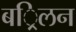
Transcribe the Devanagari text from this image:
बर्िलन